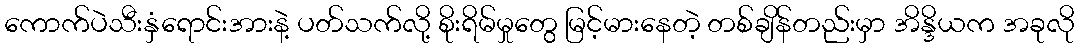
ကောက်ပဲသီးနှံရောင်းအားနဲ့ ပတ်သက်လို့ စိုးရိမ်မှုတွေ မြင့်မားနေတဲ့ တစ်ချိန်တည်းမှာ အိန္ဒိယက အခုလို